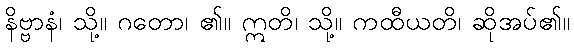
နိဗ္ဗာနံ၊ သို့။ ဂတော၊ ၏။ ဣတိ၊ သို့။ ကထီယတိ၊ ဆိုအပ်၏။